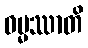
ဓမ္မဿာတိ